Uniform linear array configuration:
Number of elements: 12
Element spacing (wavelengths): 0.5
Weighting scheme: exponential
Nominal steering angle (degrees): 60
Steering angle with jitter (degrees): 59.625
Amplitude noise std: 0.05
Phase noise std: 0.05

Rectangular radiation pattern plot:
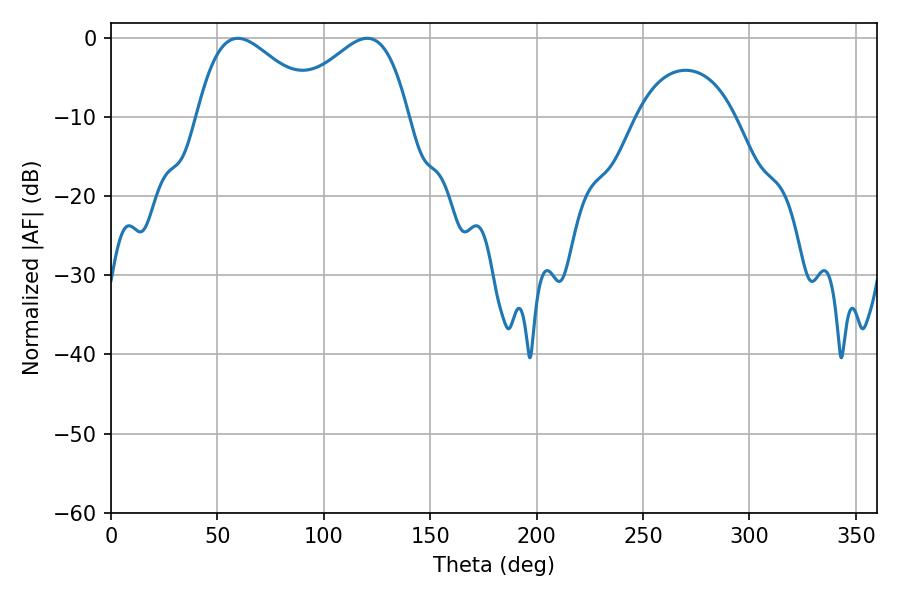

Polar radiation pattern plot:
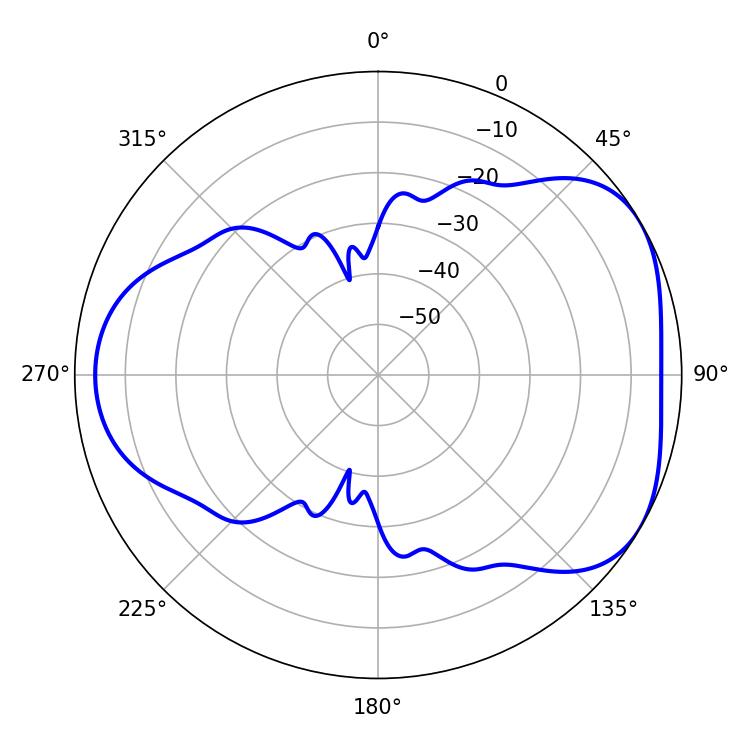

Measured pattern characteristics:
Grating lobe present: FALSE
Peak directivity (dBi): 4.377
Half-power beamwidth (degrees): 30.6
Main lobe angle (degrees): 120.42